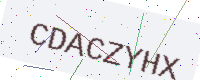
Text: CDACZYHX